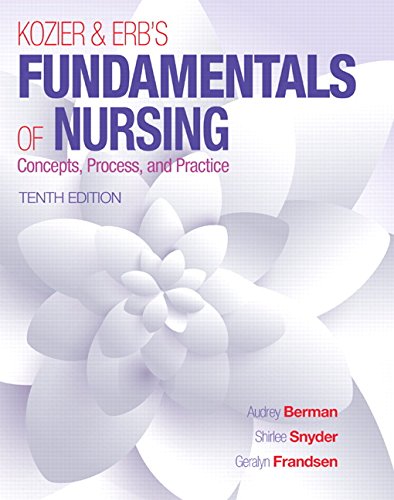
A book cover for Kozier & Erb's Fundamentals of Nursing (10th Edition) (Fundamentals of Nursing (Kozier)); Audrey T Berman; Medical Books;